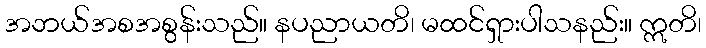
အဘယ်အစအစွန်းသည်။ နပညာယတိ၊ မထင်ရှားပါသနည်း။ ဣတိ၊